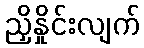
ညှိနှိုင်းလျက်